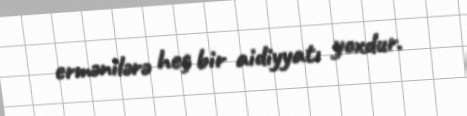
ermənilərə heç bir aidiyyatı yoxdur.